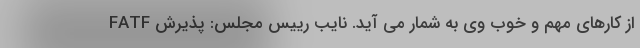
از کارهای مهم و خوب وی به شمار می آید. نایب رییس مجلس: پذیرش FATF